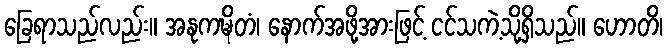
ခြေရာသည်လည်း။ အနုကဍ္ဎိတံ၊ နောက်အဖို့အားဖြင့် ငင်သကဲ့သို့ရှိသည်။ ဟောတိ၊